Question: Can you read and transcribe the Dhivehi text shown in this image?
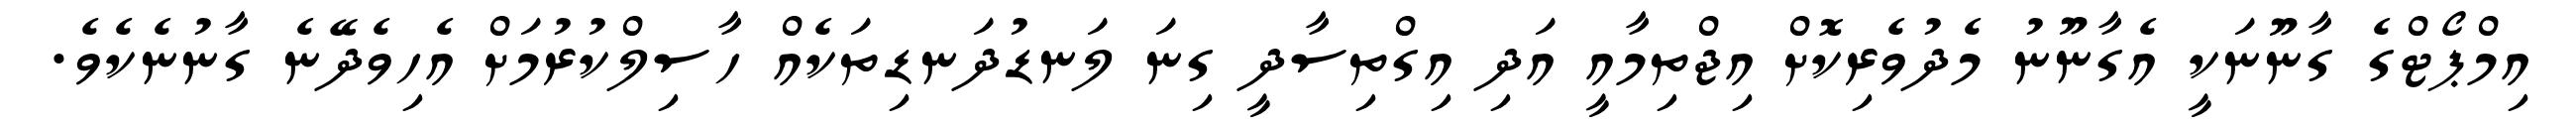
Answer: އިމްޕޯޓްގެ ގާނޫނަކީ އެގާނޫނު މެދުވެރިކޮށް އިޖްތިމާއީ އަދި އިގްތިސާދީ ގިނަ ލަނޑުދަނޑިތަކެއް ހާސިލްކުރުމަށް އެހިވެދޭނެ ގާނުނެކެވެ.